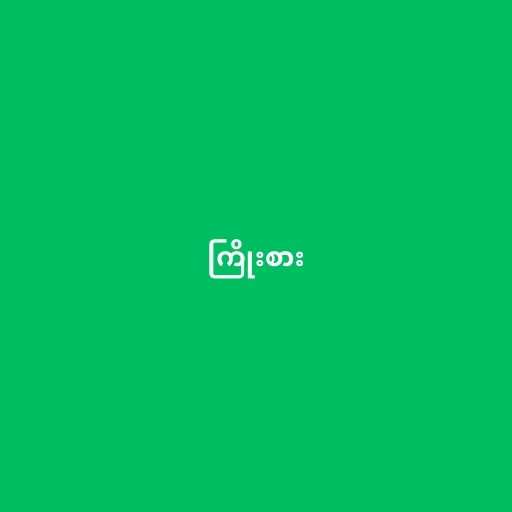
ကြိုးစား